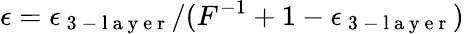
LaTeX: \epsilon=\epsilon_{\mathrm{~3~-~l~a~y~e~r~}}/(F^{-1}+1-\epsilon_{\mathrm{~3~-~l~a~y~e~r~}})